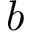
b